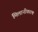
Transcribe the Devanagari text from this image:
मिलानीकरण